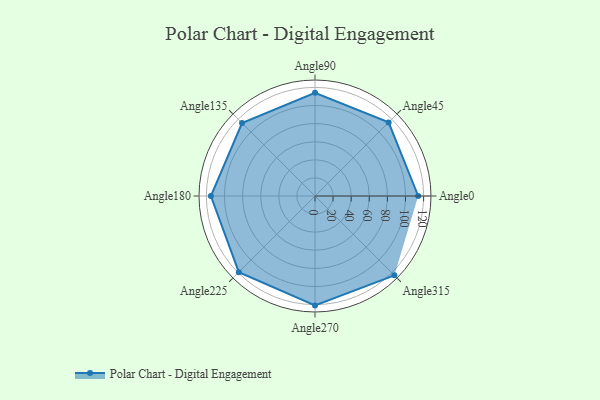
{"axis": {"x": "Angle", "y": "Radius"}, "legend": [""], "data": [{"x": "Angle0", "y": 114.0, "type": ""}, {"x": "Angle45", "y": 115.0, "type": ""}, {"x": "Angle90", "y": 114.0, "type": ""}, {"x": "Angle135", "y": 114.0, "type": ""}, {"x": "Angle180", "y": 115.0, "type": ""}, {"x": "Angle225", "y": 119.0, "type": ""}, {"x": "Angle270", "y": 121.0, "type": ""}, {"x": "Angle315", "y": 124.0, "type": ""}]}